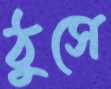
ঠুসে